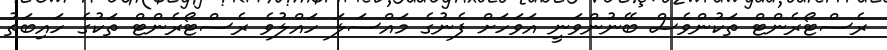
ރެސްޓޯރެންޓް ތަކުންވެސް ބޭނުންވަނީ އަވަހަށް ފެނުގެ މައްސަލަ ހައްލުވެ ރެސްޓޯރެންޓް ތަކުގެ ހައިބަތު